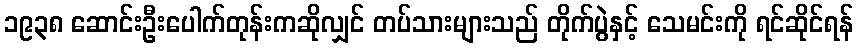
၁၉၃၈ ဆောင်းဦးပေါက်တုန်းကဆိုလျှင် တပ်သားများသည် တိုက်ပွဲနှင့် သေမင်းကို ရင်ဆိုင်ရန်